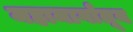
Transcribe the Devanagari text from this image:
महामार्गांतून